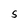
Character: S